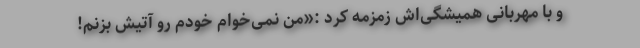
و با مهربانی همیشگی‌اش زمزمه کرد :«من نمی‌خوام خودم رو آتیش بزنم!